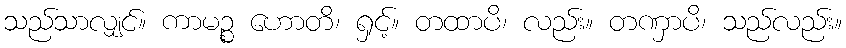
သည်သာလျှင်။ ကာမဉ္စ ဟောတိ၊ ရှင့်။ တထာပိ၊ လည်း။ တဏှာပိ၊ သည်လည်း။